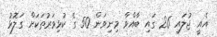
އެއީ ޖުލައި 26 ގައި ބާއްވާ މިނިވަން 50 ގެ ކުޅިވަރުތަކަށް ގަލޮޅު